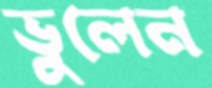
ভুলেন